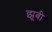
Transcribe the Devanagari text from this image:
झूबी